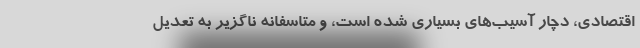
اقتصادی، دچار آسیب‌های بسیاری شده‌ است، و متاسفانه ناگزیر به تعدیل